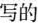
写的